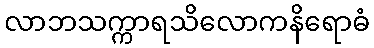
လာဘသက္ကာရသိလောကနိရောဓံ